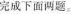
完成下面两题。